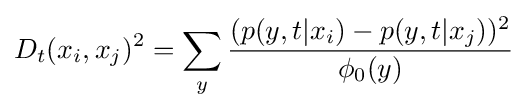
D_{t}(x_{i},x_{j})^{2}=\sum _{y}{\frac {(p(y,t|x_{i})-p(y,t|x_{j}))^{2}}{\phi _{0}(y)}}